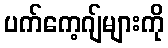
ပက်ကေ့ဂျ်များကို